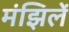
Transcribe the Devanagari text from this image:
मंझिलें